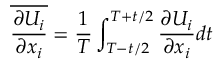
\overline { { \frac { \partial U _ { i } } { \partial x _ { i } } } } = { \frac { 1 } { T } } \int _ { T - t / 2 } ^ { T + t / 2 } { \frac { \partial U _ { i } } { \partial x _ { i } } } d t